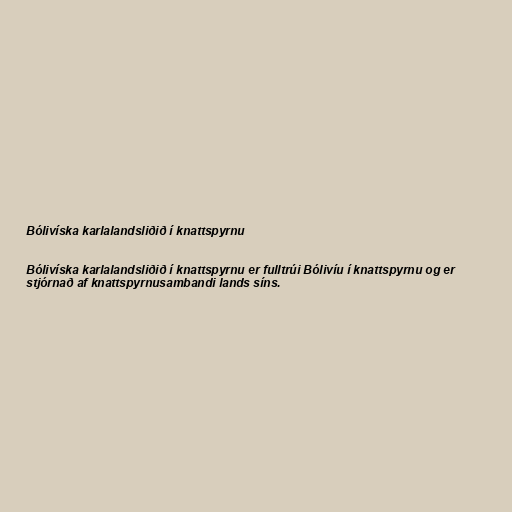
Bólivíska karlalandsliðið í knattspyrnu

Bólivíska karlalandsliðið í knattspyrnu er fulltrúi Bólivíu í knattspyrnu og er
stjórnað af knattspyrnusambandi lands síns.